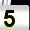
Digit: 5